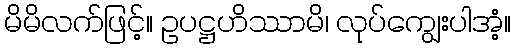
မိမိလက်ဖြင့်။ ဥပဋ္ဌဟိဿာမိ၊ လုပ်ကျွေးပါအံ့။